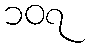
၁၀၇